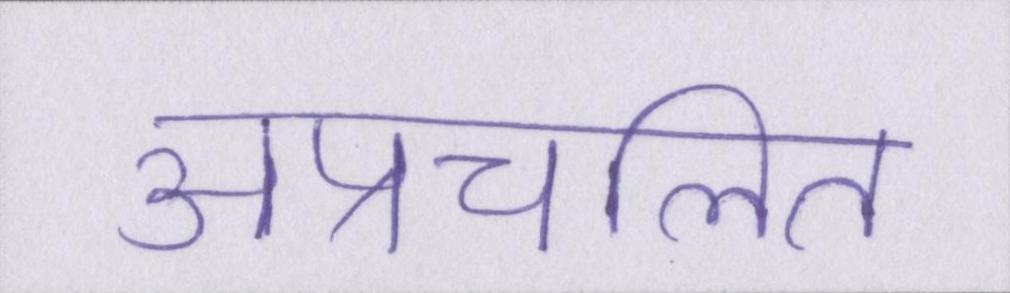
अप्रचलित